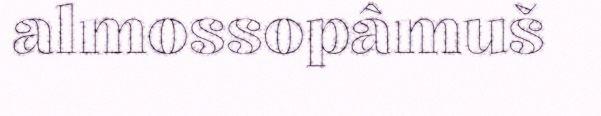
almossopâmuš